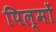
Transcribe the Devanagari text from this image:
पिल्मों